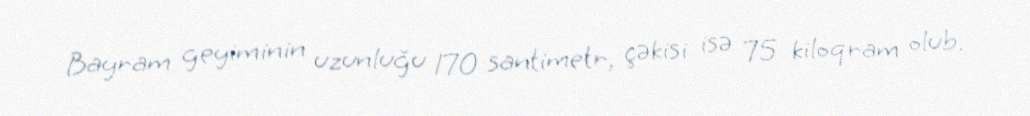
Bayram geyiminin uzunluğu 170 santimetr, çəkisi isə 75 kiloqram olub.